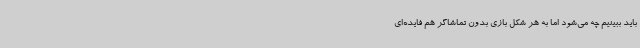
باید ببینیم چه می‌شود اما به هر شکل بازی بدون تماشاگر هم فایده‌ای